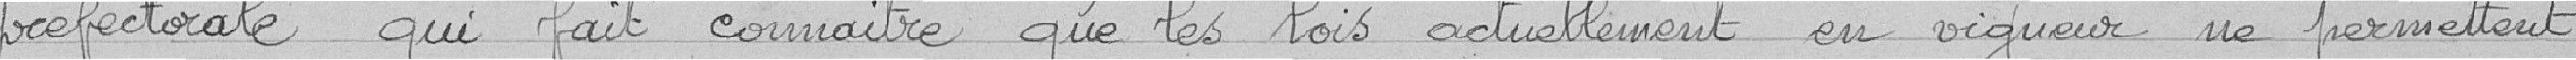
préfectorale qui a fait connaitre que les lois actuellement en vigueur ne permettent